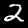
Digit: 2